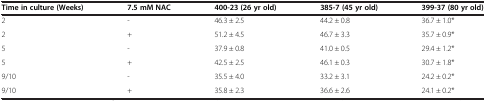
<table><thead><tr><td><b>Time in culture (Weeks)</b></td><td><b>7.5 mM NAC</b></td><td><b>400-23 (26 yr old)</b></td><td><b>385-7 (45 yr old)</b></td><td><b>399-37 (80 yr old)</b></td></tr></thead><tbody><tr><td>2</td><td>-</td><td>46.3 ± 2.5</td><td>44.2 ± 0.8</td><td>36.7 ± 1.0*</td></tr><tr><td>2</td><td>+</td><td>51.2 ± 4.5</td><td>46.7 ± 3.3</td><td>35.7 ± 0.9*</td></tr><tr><td>5</td><td>-</td><td>37.9 ± 0.8</td><td>41.0 ± 0.5</td><td>29.4 ± 1.2*</td></tr><tr><td>5</td><td>+</td><td>42.5 ± 2.5</td><td>46.1 ± 0.3</td><td>30.7 ± 1.8*</td></tr><tr><td>9/10</td><td>-</td><td>35.5 ± 4.0</td><td>33.2 ± 3.1</td><td>24.2 ± 0.2*</td></tr><tr><td>9/10</td><td>+</td><td>35.8 ± 2.3</td><td>36.6 ± 2.6</td><td>24.1 ± 0.2*</td></tr></tbody></table>